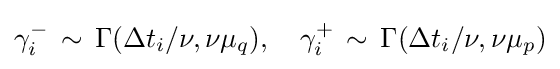
\gamma _{i}^{-}\,\sim \,\Gamma (\Delta t_{i}/\nu ,\nu \mu _{q}),\quad \gamma _{i}^{+}\,\sim \,\Gamma (\Delta t_{i}/\nu ,\nu \mu _{p})